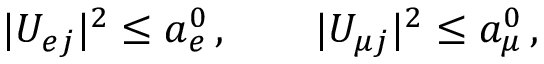
| U _ { { e } j } | ^ { 2 } \leq a _ { e } ^ { 0 } \, , \qquad | U _ { { \mu } j } | ^ { 2 } \leq a _ { \mu } ^ { 0 } \, ,